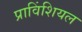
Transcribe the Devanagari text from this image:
प्राविंशियल